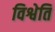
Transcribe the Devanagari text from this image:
विश्वेति